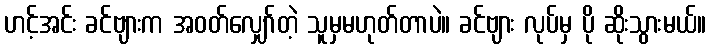
ဟင့်အင်း ခင်ဗျားက အဝတ်လျှော်တဲ့ သူမှမဟုတ်တာပဲ။ ခင်ဗျား လုပ်မှ ပို ဆိုးသွားမယ်။